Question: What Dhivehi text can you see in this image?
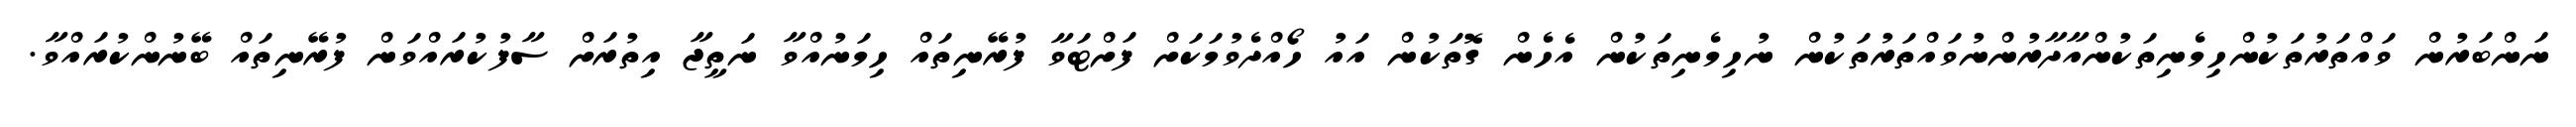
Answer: ނަންބަރުން ވައްތަރުތަކުންހިމެނިތަކުންއާދާރުންނުވައްތަރުތަކުން ނުހިމެނިތަކުން އެހެން ގޮތަކުން އައު ހޯއްދެވުމަކަށް ފަށްޓަވާ ފުރޭނިތައް ހިމަނުއްވާ ނަތީޖާ އިތުރަށް ސާފުކުރައްވަން ފުރޭނިތައް ބޭނުންކުރައްވާ.